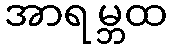
အာရမ္ဘထ